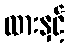
ထားနှင့်